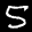
Label: 5